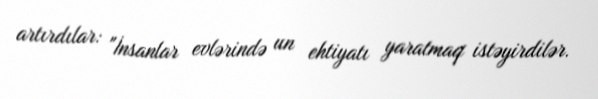
artırdılar: "İnsanlar evlərində un ehtiyatı yaratmaq istəyirdilər.